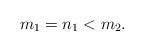
LaTeX: \begin{align*} m_1=n_1<m_2.\end{align*}